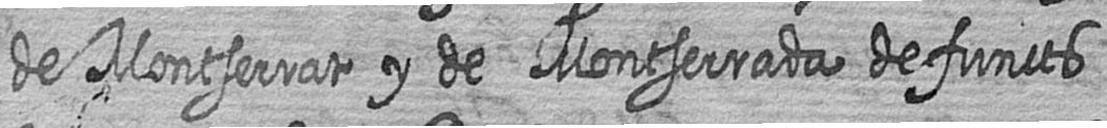
de Montserrat y de Montserrada defuncts